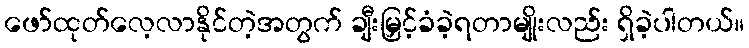
ဖော်ထုတ်လေ့လာနိုင်တဲ့အတွက် ချီးမြှင့်ခံခဲ့ရတာမျိုးလည်း ရှိခဲ့ပါတယ်။